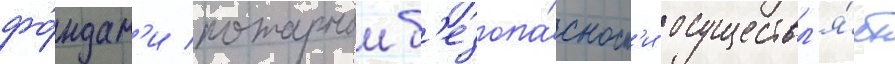
фо́ндам'и пожарнои б'езопа́сност'и осуществл'я́ет